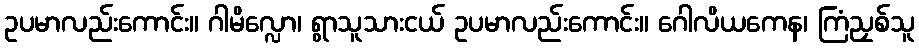
ဥပမာလည်းကောင်း။ ဂါမိလ္လော၊ ရွာသူသားငယ် ဥပမာလည်းကောင်း။ ဂေါလိယကေန၊ ကြံညှစ်သူ